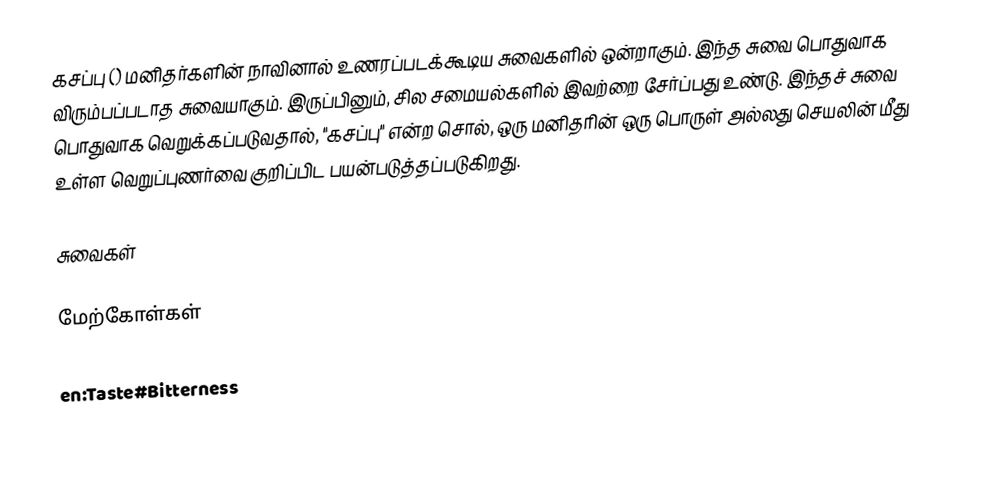
கசப்பு () மனிதர்களின் நாவினால் உணரப்படக்கூடிய சுவைகளில் ஒன்றாகும். இந்த சுவை பொதுவாக விரும்பப்படாத சுவையாகும். இருப்பினும், சில சமையல்களில் இவற்றை சேர்ப்பது உண்டு. இந்தச் சுவை பொதுவாக வெறுக்கப்படுவதால், "கசப்பு" என்ற சொல், ஒரு மனிதரின் ஒரு பொருள் அல்லது செயலின் மீது உள்ள வெறுப்புணர்வை குறிப்பிட பயன்படுத்தப்படுகிறது.

சுவைகள்

மேற்கோள்கள்

en:Taste#Bitterness